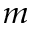
_ m